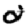
Digit: 2